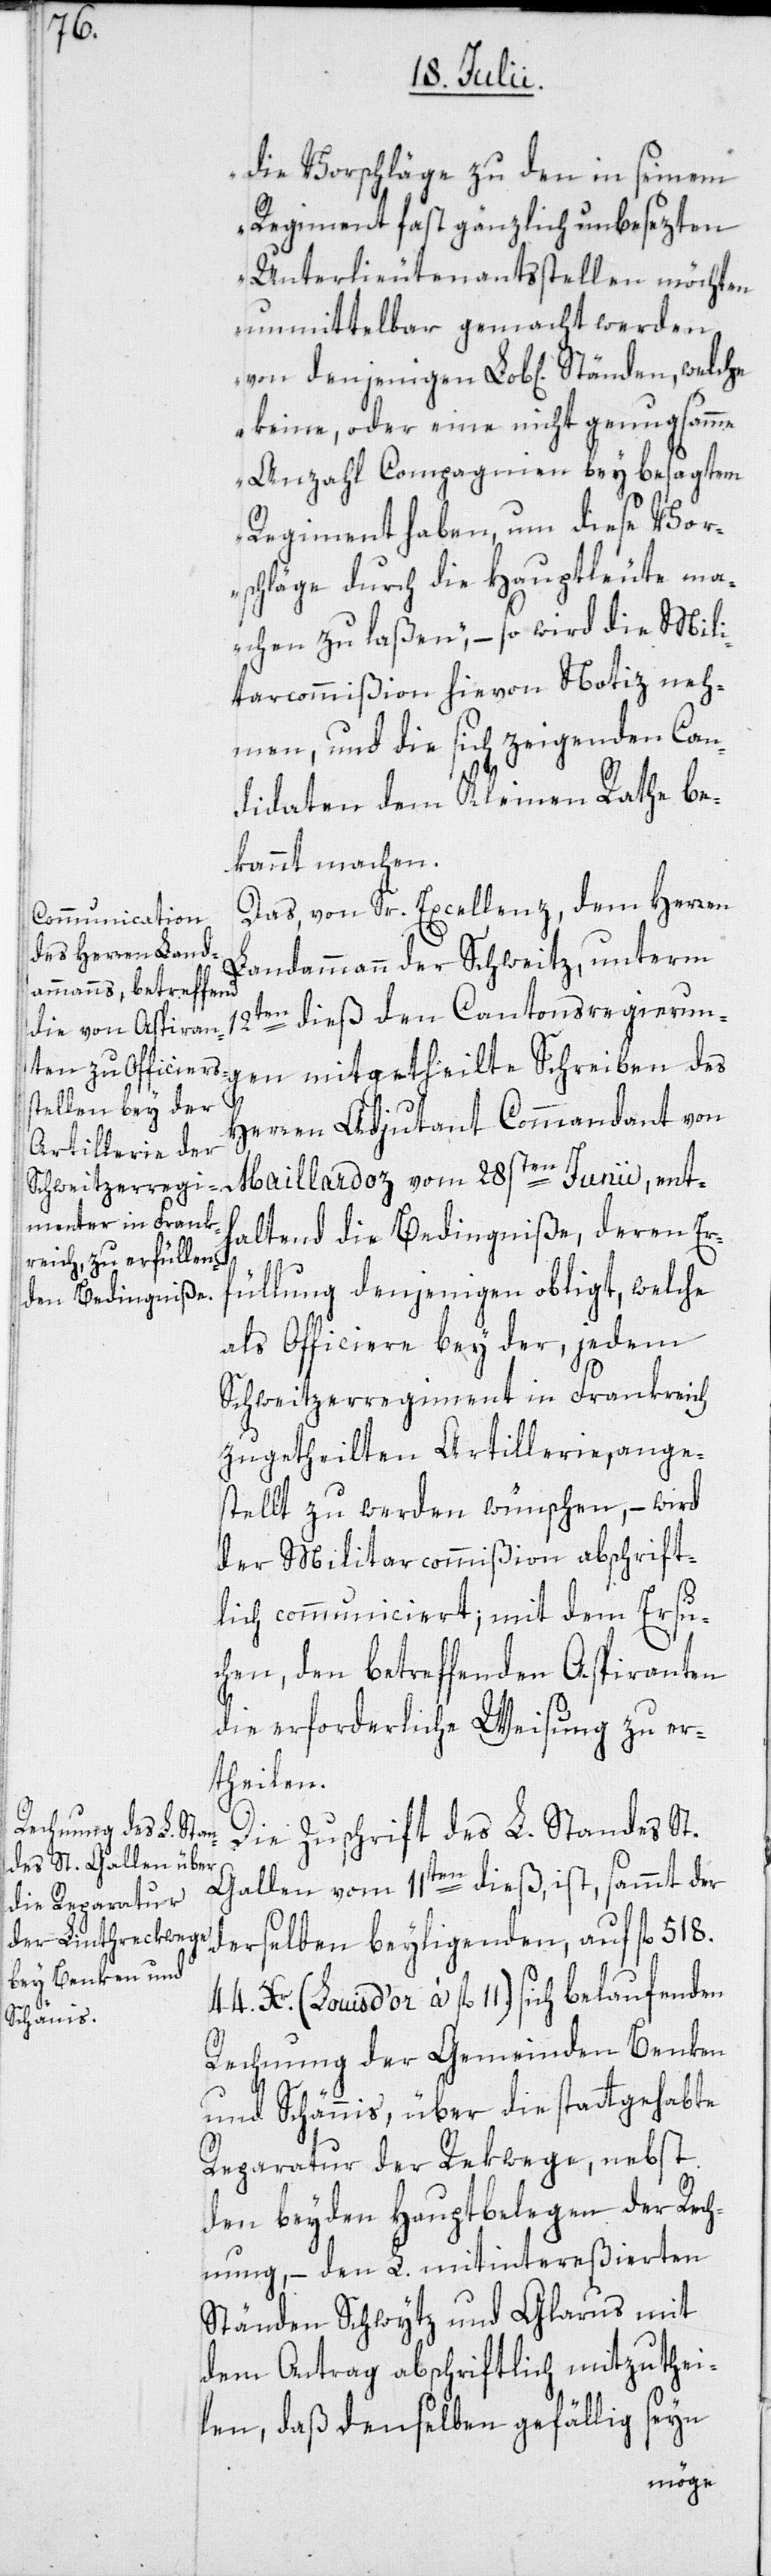
die Vorschläge zu den in seinem
Regiment fast gänzlich unbesezten
Unterlieutenantsstellen möchten
unmittelbar gemacht werden,
keine, oder eine nicht genugsamme
Anzahl Compagnien bey besagtem
Regiment haben, um diese Vor¬
schläge durch die Hauptleute ma¬
chen zu laßen“, – so wird die Mili¬
tarcommißion hievon Notiz neh¬
men, und die sich zeigenden Can¬
didaten dem Kleinen Rathe be¬
kannt machen.
Das, von Sr. Excellenz, dem Herren
Landammann der Schweitz, unterm
12ten dieß den Cantonsregierun¬
gen mitgetheilte Schreiben des
Herren Adjutant Commandant von
Maillardoz vom 28sten Junii, ent¬
haltend die Bedingniße, deren Er¬
füllung denjenigen obligt, welche
als Officiere bey der, jedem
Schweitzerregiment in Frankreich
zugetheilten Artillerie, ange¬
stellt zu werden wünschen, – wird
der Militarcommißion abschrift¬
lich communiciert; mit dem Ersu¬
chen, den betreffenden Aspiranten
die erforderliche Weisung zu er¬
theilen.
Die Zuschrift des L. Standes St.
Gallen vom 11ten dieß, ist, sammt der
derselben beyligenden, auf fl. 518.
(Louis d’or à fl. 11.) sich belaufenden
Rechnung der Gemeinden Benken
und Schännis, über die stattgehabte
Reparatur der Rekwege, nebst
den beyden Hauptbelegen der Rec¬
hnung, – den L. mitintereßierten
Ständen Schwytz und Glarus mit
dem Antrag abschriftlich mitzuthei¬
len, daß denselben gefällig seyn